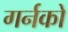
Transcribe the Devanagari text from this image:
गर्नको